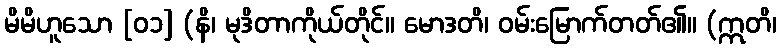
မိမိဟူသော [၀၁] (နိ၊ မုဒိတာကိုယ်တိုင်။ မောဒတိ၊ ဝမ်းမြောက်တတ်၏။ (ဣတိ၊